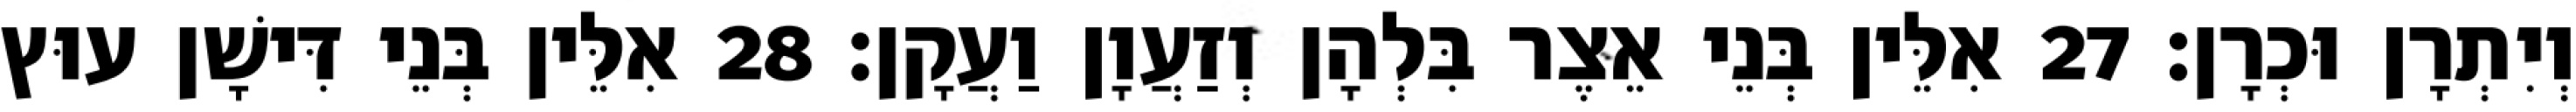
וְיִתְרָן וּכְרָן׃ 27 אִלֵּין בְּנֵי אֵצֶר בִּלְהָן וְזַעֲוָן וַעֲקָן׃ 28 אִלֵּין בְּנֵי דִּישָׁן עוּץ